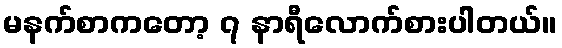
မနက်စာကတော့ ၇ နာရီလောက်စားပါတယ်။